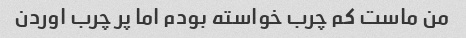
من ماست کم چرب خواسته بودم اما پر چرب اوردن